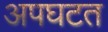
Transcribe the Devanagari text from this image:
अपघटत